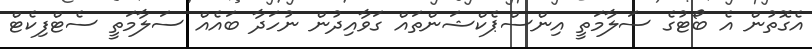
އެގޮތުން އެ ބޯޓުގެ ސަލާމަތީ އިންސްޕެކްޝަންތައް ގަވާއިދުން ނުހަދާ ބައެއް ސަލާމަތީ ސެޓްފިކެޓް